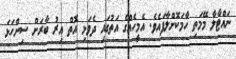
ނައްޓާލާ މޭމަތި ހާމަކޮށްލާފައެވެ. އެމީހެއްގެ އަތުގައި ދެވަޅި އޮތް އިރު ބާރަށް ސިންހަޅަ